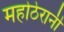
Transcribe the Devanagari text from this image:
महोठेरानी